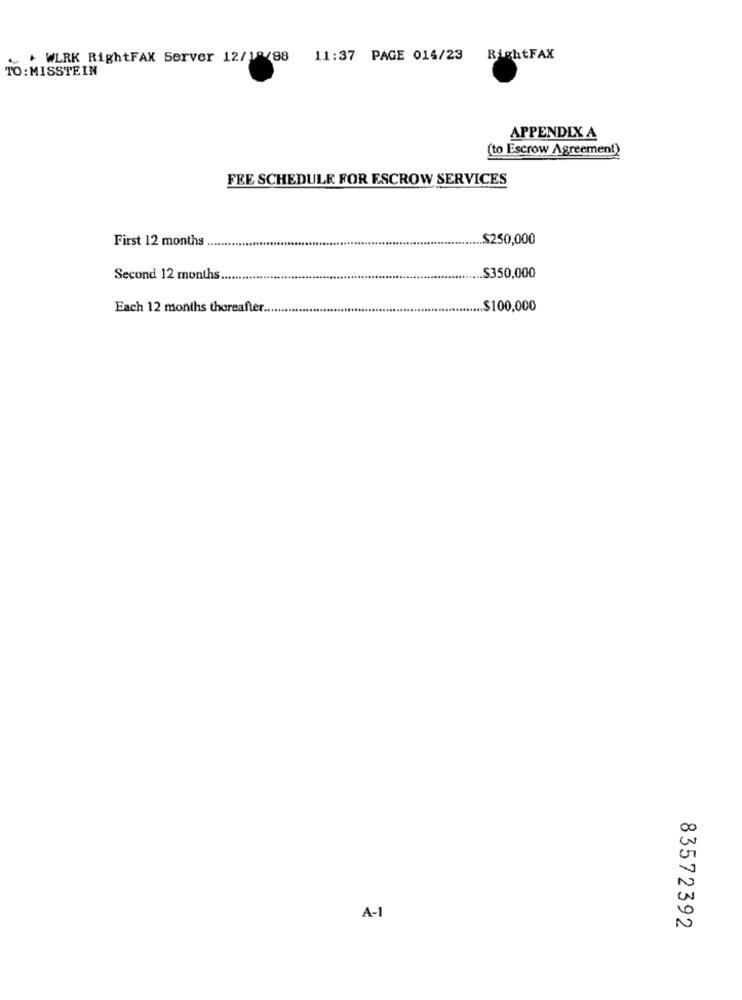
+ WLRK RightFAX Server 12/1º/88 11:37 PAGE 014/23
RightFAX
TO : MISSTEIN
APPENDIX A
(to Escrow Agreement)
FEE SCHEDULE FOR ESCROW SERVICES
First 12 months
.$250,000
Second 12 months.
$350,000
Each 12 months thereafter.
.. $100,000
A-1
83572392